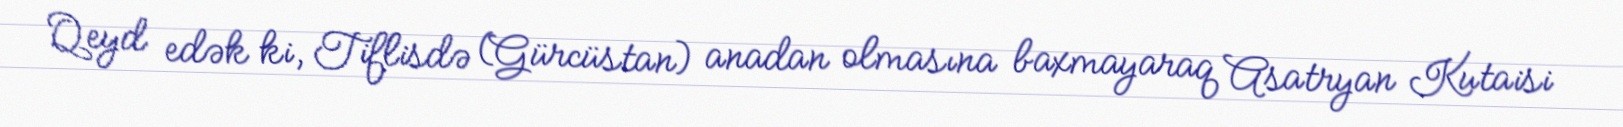
Qeyd edək ki, Tiflisdə (Gürcüstan) anadan olmasına baxmayaraq Asatryan Kutaisi